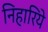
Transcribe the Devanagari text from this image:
निहारिये